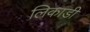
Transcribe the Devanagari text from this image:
लिकाडी